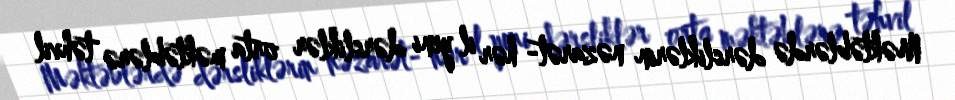
Məktəblərdə dərsliklərin nəzarət- hər il yeni dərsliklər orta məktəblərə təhvil